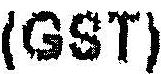
(GST)